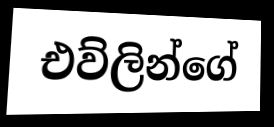
එව්ලින්ගේ